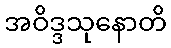
အဝိဒ္ဒသုနောတိ